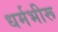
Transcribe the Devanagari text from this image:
धर्मभीरू